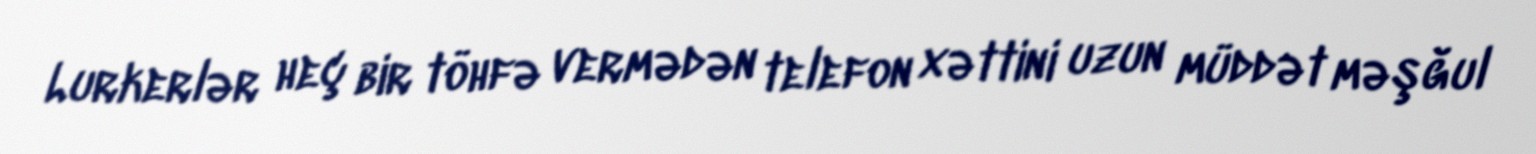
Lurkerlər heç bir töhfə vermədən telefon xəttini uzun müddət məşğul